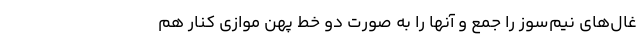
غال‌های نیم‌سوز را جمع و آنها را به صورت دو خط پهن موازی کنار هم